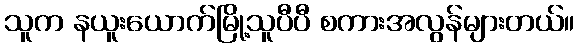
သူက နယူးယောက်မြို့သူပီပီ စကားအလွန်များတယ်။